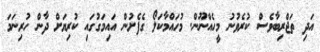
އަދި ތަޖްރިބާވެސް ކުރެވުނު މީހެއްނޫން. މުހައްމާކަލޯ ގެފެށުން އައިމަގުގައި ކުރިޔަށް ދާން ހުރިނަމަ